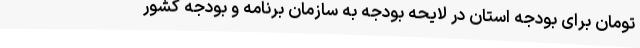
تومان برای بودجه استان در لایحه بودجه به سازمان برنامه و بودجه کشور